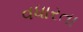
વધારતા